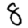
Digit: 8